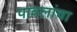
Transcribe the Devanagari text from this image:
पावलांचा